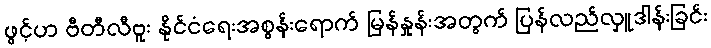
ဖွင့်ဟ ဗီတီလီဗူး နိုင်ငံရေးအစွန်းရောက် မြန်နှုန်းအတွက် ပြန်လည်လှူဒါန်းခြင်း